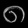
Digit: ၈